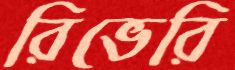
রিভেরি